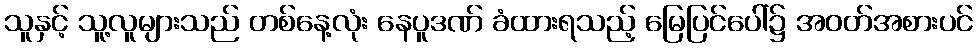
သူနှင့် သူ့လူများသည် တစ်နေ့လုံး နေပူဒဏ် ခံထားရသည့် မြေပြင်ပေါ်၌ အဝတ်အစားပင်